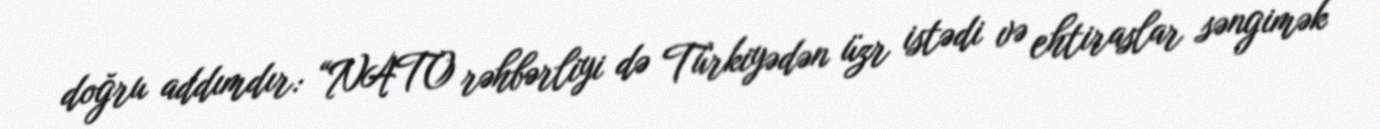
doğru addımdır: “NATO rəhbərliyi də Türkiyədən üzr istədi və ehtiraslar səngimək